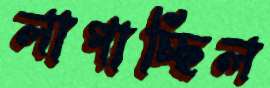
লাগাচ্ছিল